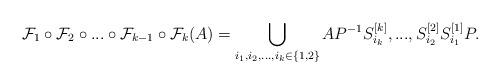
LaTeX: \begin{align*}\mathcal{F}_{1}\circ\mathcal{F}_2\circ ...\circ\mathcal{F}_{k-1}\circ\mathcal{F}_k(A)=\bigcup_{i_1,i_2,...,i_k\in \{1,2\}}AP^{-1}S^{[k]}_{i_k},...,S^{[2]}_{i_2}S^{[1]}_{i_1}P.\end{align*}